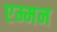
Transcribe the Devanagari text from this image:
एम्मन